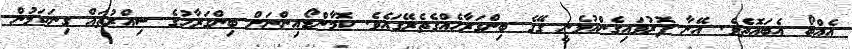
އެއްބޯ އެބައޮތެވެ. އޭނާ ފޮރުވައިގެންއުޅެނީ ގޭގެ ބިންގަރާހެއްގެތެރޭގައެވެ. ކޮމާންޑޯއިންނަށް ބިންގަރާހުގެ ސިއްރުތައް ގިނަކަމުން